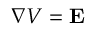
\nabla V = \mathbf { E }